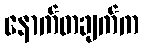
နောက်တချက်က